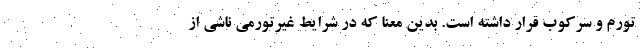
تورم و سرکوب قرار داشته است. بدین معنا که در شرایط غیرتورمی ناشی از